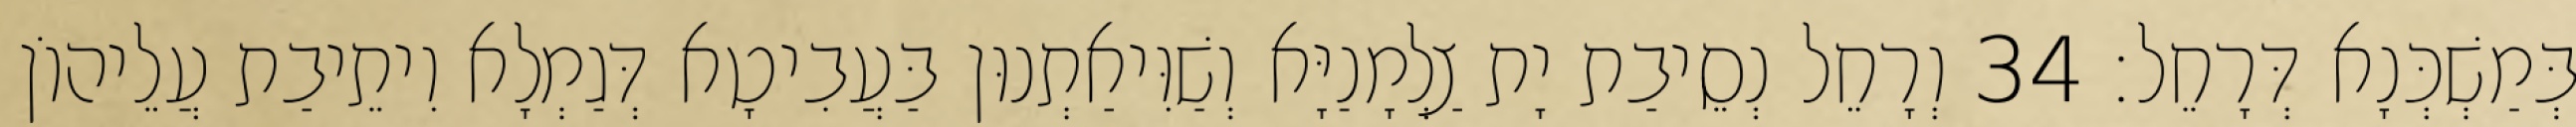
בְּמַשְׁכְּנָא דְּרָחֵל׃ 34 וְרָחֵל נְסֵיבַת יָת צַלְמָנַיָּא וְשַׁוִּיאַתְנוּן בַּעֲבִיטָא דְּגַמְלָא וִיתֵיבַת עֲלֵיהוֹן